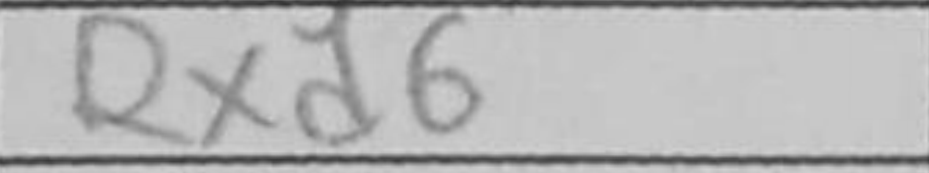
Transcription: Rxd6